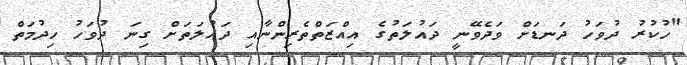
"ހުކުރު ދުވަހު ދަނޑަށް ވަދެވޭނީ ދައުލަތުގެ އިއްޒަތްތެރިންނާއި ދައުލަތަށް ގިނަ ދުވަހު ހިދުމަތް